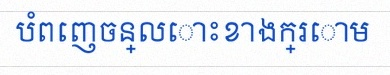
បំពេញចន្លោះខាងក្រោម